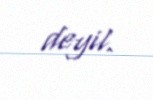
deyil.